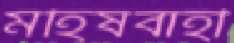
মহিষবাহী